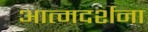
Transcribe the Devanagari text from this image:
आत्मदर्शना